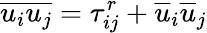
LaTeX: {\overline{{u_{i}u_{j}}}}=\tau_{ij}^{r}+{\overline{{u}}}_{i}{\overline{{u}}}_{j}